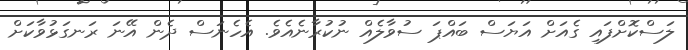
ލަސްކޮށްފައި ގެއަށް އަޔަސް ބައްޕަ ސުވާލެއް ނުކުރާނެއެވެ. އެހެނަސް ދެން އޭނަ ރަނގަޅުވާކަށް